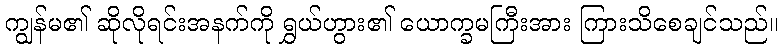
ကျွန်မ၏ ဆိုလိုရင်းအနက်ကို ရွှယ်ဟွား၏ ယောက္ခမကြီးအား ကြားသိစေချင်သည်။